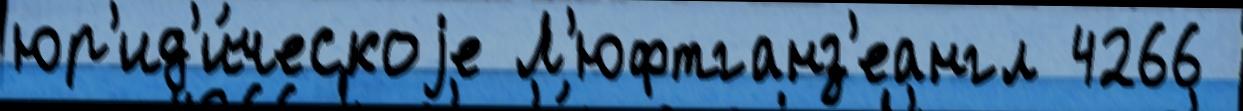
юр'ид'и́ческоjе Л'юфтганз'еангл 4266